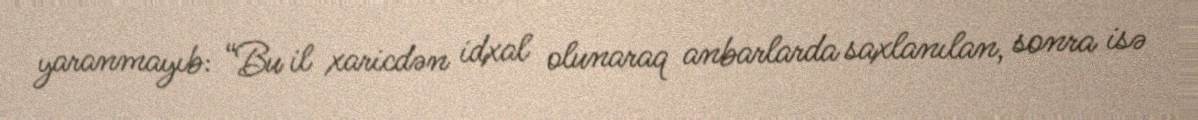
yaranmayıb: “Bu il xaricdən idxal olunaraq anbarlarda saxlanılan, sonra isə